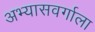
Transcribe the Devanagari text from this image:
अभ्यासवर्गाला